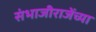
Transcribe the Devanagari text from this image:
संभाजीराजेंच्या